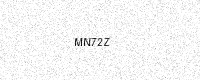
Text: MN72Z